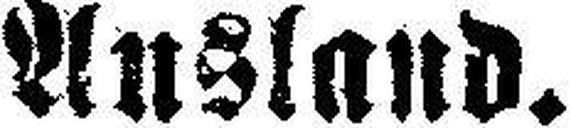
Ausland.